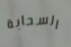
السحابة